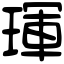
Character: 琿